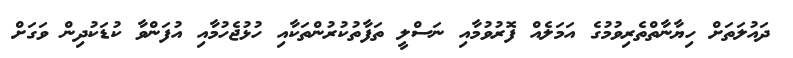
ދައުލަތަށް ހިޔާނާތްތެރިވުމުގެ އަމަލެއް ފޮރުވުމާއި ނަސްލީ ތަފާތުކުރުންތަކާއި ހުޅުޖެހުމާއި އުފަންވާ ކުޑަކުދިން ވަގަށް